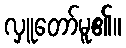
လှူတော်မူ၏။